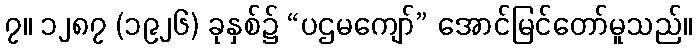
၇။ ၁၂၈၇ (၁၉၂၆) ခုနှစ်၌ “ပဌမကျော်” အောင်မြင်တော်မူသည်။